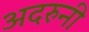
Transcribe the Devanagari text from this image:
अदरुनी